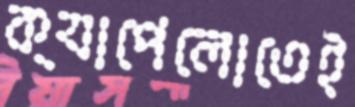
ক্যাপেলোতেই